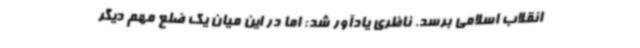
انقلاب اسلامی برسد. ناظری یادآور شد: اما در این میان یک ضلع مهم دیگر